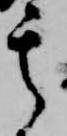
其